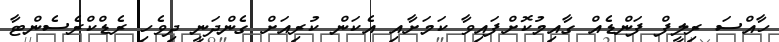
ހާއްސަ ރިލީފް ފަންޑެއް ގާއިމުކޮށްފައިވާ ކަމަށާއި އެކަން ކުރިއަށް ގެންދަނީ ދިވެހި ރެޑްކްރެސެންޓާ